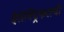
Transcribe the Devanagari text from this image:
ईलेक्ट्रिकलची